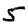
Digit: 5